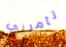
تأمرني